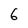
Character: 6